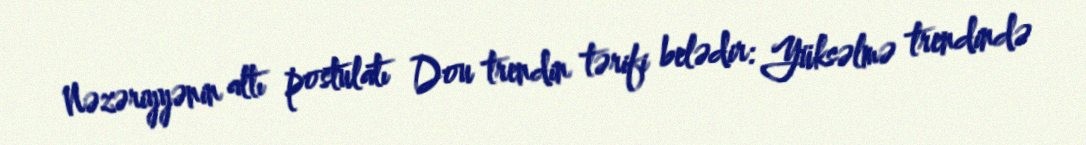
Nəzəriyyənin altı postulatı Dou trendin tərifi belədir: Yüksəlmə trendində